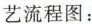
艺流程图：